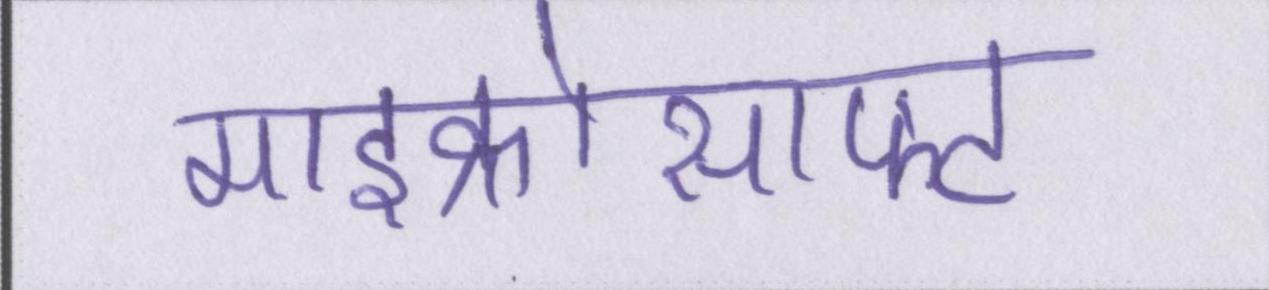
माइक्रोसाफ्ट